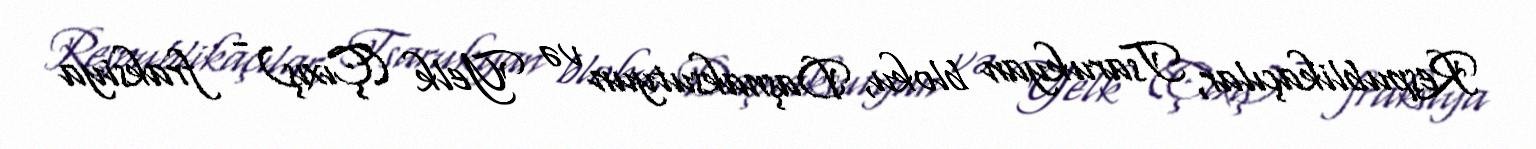
Respublikaçılar, Tsarukyan bloku, Daşnaksutyun və Yelk (Çıxış) - fraksiya